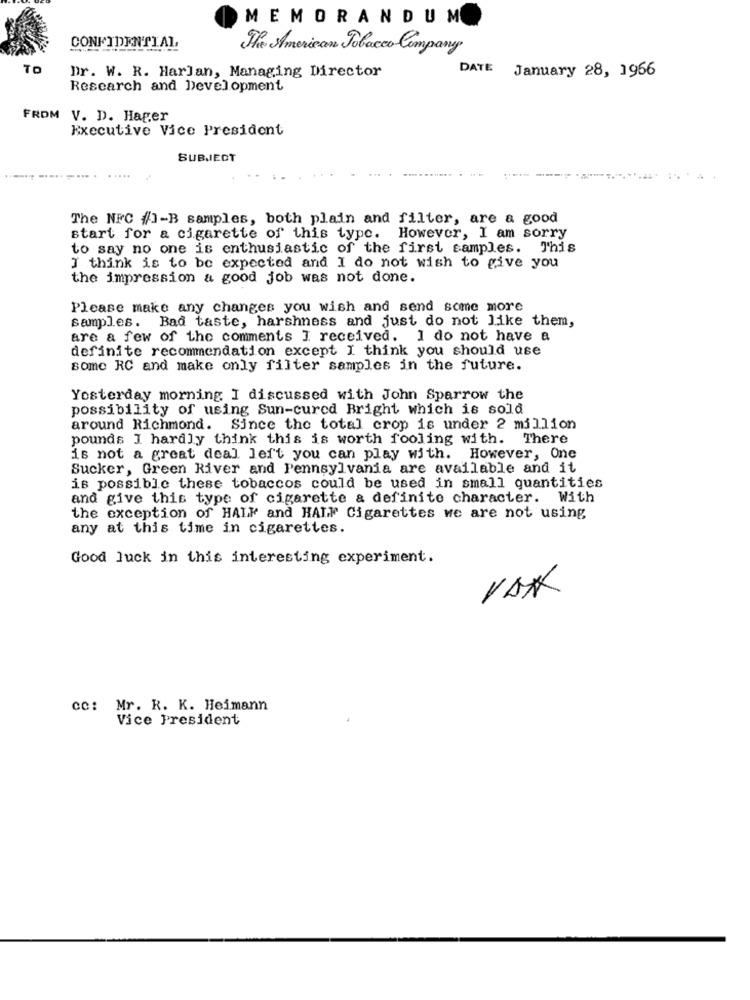
MEMORANDUM
CONFIDENTIAL
The American Polacco Company
TO
Dr. W. R. Harlan, Managing Director
DATE
January 28, 1966
Research and Development
FROM
V. D. Hager
Executive Vice President
SUBJECT
The NFC #/1-B samples, both plain and filter, are a good
start for a cigarette of this type. However, I am sorry
to say no one is enthusiastic of the first samples. This
I think is to be expected and I do not wish to give you
the impression & good job was not done.
Please make any changes you wish and send some more
samples. Bad taste, harshness and just do not like them,
are a few of the comments I received. I do not have a
definite recommendation except I think you should use
some RC and make only filter samples in the future.
Yesterday morning I discussed with John Sparrow the
possibility of using Sun-cured Bright which is sold
around Richmond. Since the total crop is under 2 million
pounds I hardly think this is worth fooling with. There
is not a great deal left you can play with. However, One
Sucker, Green River and Pennsylvania are available and it
is possible these tobaccos could be used in small quantities
and give this type of cigarette a definite character. With
the exception of HALF and HALF Cigarettes we are not using
any at this time in cigarettes.
Good luck in this interesting experiment.
VAX
cc: Mr. R. K. Heimann
Vice President